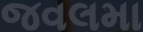
જવલમા